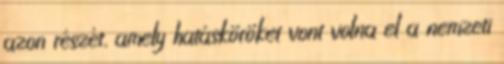
azon részét, amely hatásköröket vont volna el a nemzeti